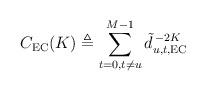
LaTeX: \begin{align*} C_{\rm EC}(K) \triangleq \sum_{t = 0, t \neq u}^{M - 1} \tilde{d}_{u, t, {\rm EC}}^{\,-2 K} \end{align*}